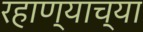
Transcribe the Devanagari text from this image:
रहाण्याच्या